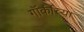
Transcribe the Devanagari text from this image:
गॉर्कीच्या